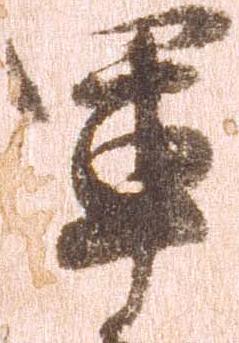
軍